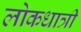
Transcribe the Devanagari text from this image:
लोकधात्री